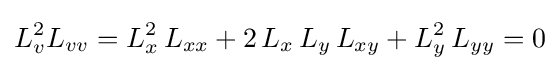
L_{v}^{2}L_{vv}=L_{x}^{2}\,L_{xx}+2\,L_{x}\,L_{y}\,L_{xy}+L_{y}^{2}\,L_{yy}=0